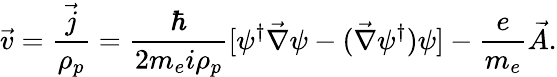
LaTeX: \vec{v}=\frac{\vec{j}}{\rho_{p}}=\frac{\hbar}{2m_{e}i\rho_{p}}[\psi^{\dagger}\vec{\nabla}\psi-(\vec{\nabla}\psi^{\dagger})\psi]-\frac{e}{m_{e}}\vec{A}.